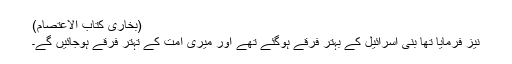
(بخاری کتاب الاعتصام)
نیز فرمایا تھا بنی اسرائیل کے بہتر فرقے ہوگئے تھے اور میری اُمت کے تہتر فرقے ہوجائیں گے۔